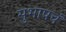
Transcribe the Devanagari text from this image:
सुभाषचं